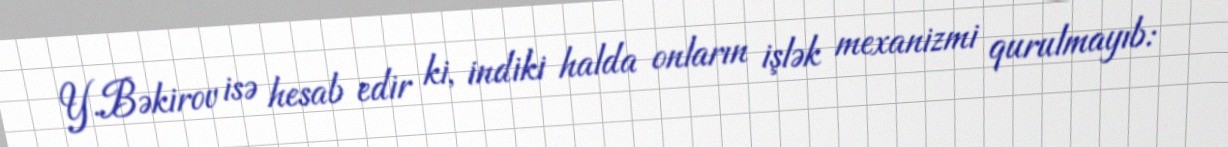
Y.Bəkirov isə hesab edir ki, indiki halda onların işlək mexanizmi qurulmayıb: